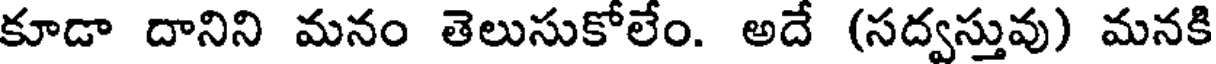
కూడా దానిని మనం తెలుసుకోలేం. అదే (సద్వస్తువు) మనకి